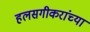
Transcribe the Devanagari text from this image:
हलसगीकरांच्या